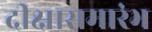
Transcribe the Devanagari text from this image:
दीक्षासमारंभ